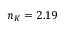
n _ { K } = 2 . 1 9